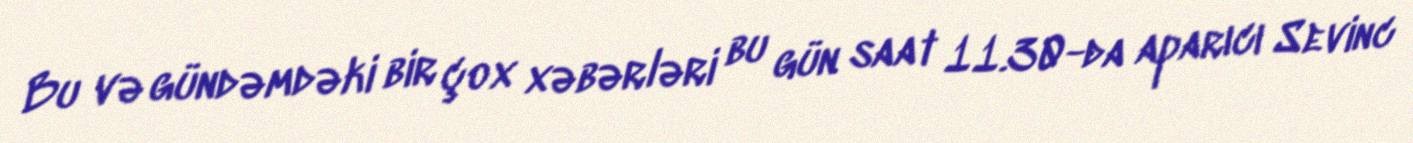
Bu və gündəmdəki bir çox xəbərləri bu gün saat 11.30-da aparıcı Sevinc